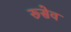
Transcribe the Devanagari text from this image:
रूसेव